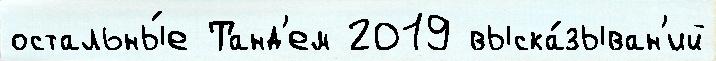
остальны́е Танд'ем 2019 выска́зыван'ий